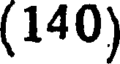
(140)